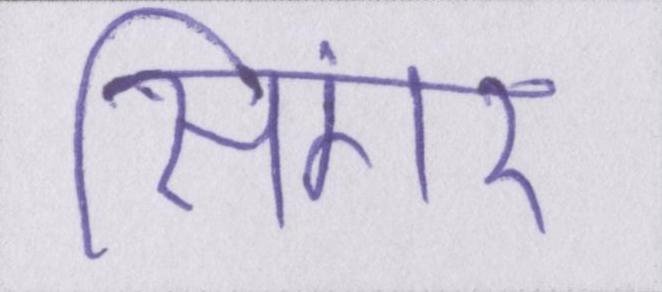
सिंगर